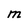
Character: M